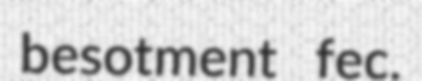
besotment fec.